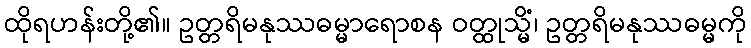
ထိုရဟန်းတို့၏။ ဥတ္တရိမနုဿဓမ္မာရောစန ဝတ္ထုသ္မိံ၊ ဥတ္တရိမနုဿဓမ္မကို